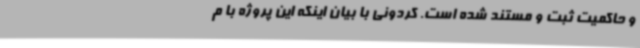
و حاکمیت ثبت و مستند شده است. کردونی با بیان اینکه این پروژه با م